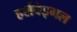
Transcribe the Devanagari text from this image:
हर्शबेइगल